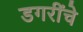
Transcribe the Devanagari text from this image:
डगरींचे